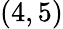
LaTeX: (4,5)